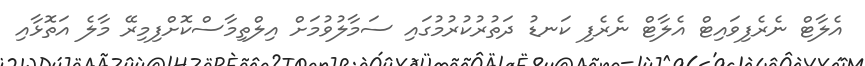
އެލާޓް ނެރެފިވައިޓް އެލާޓް ނެރެފި ކަނޑު ދަތުރުކުރުމުގައި ސަމާލުވުމަށް އިލްތިމާސްކޮށްފިމިރޭ މާލެ އަތޮޅާއި